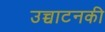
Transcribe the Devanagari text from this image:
उच्चाटनकी